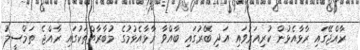
ރާއްޖޭގައި ރާޅާއެޅުން ކުރިއަރުވައި އަދި ބޭރުގައި ބާއްވާ ރާޅާއެޅުމުގެ މުބާރާތްތަކުގައި ރާއްޖެ ތަމްސީލު